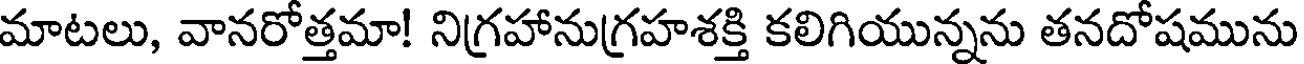
మాటలు, వానరోత్తమా! నిగ్రహానుగ్రహశక్తి కలిగియున్నను తనదోషమును